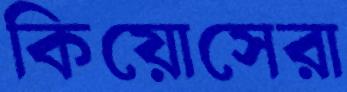
কিয়োসেরা